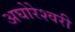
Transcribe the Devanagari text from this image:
अघोरेश्वरी